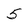
Character: 5